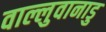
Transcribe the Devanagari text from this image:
वाल्लुवानाडु